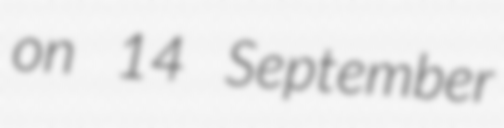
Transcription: on 14 September